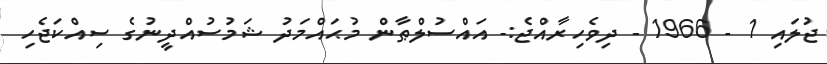
ޖުލައި 1 - 1966 - ދިވެހިރާއްޖެ:- އައްސުލްޠާން މުޙައްމަދު ޝަމުސުއްދީނުގެ ސިއްކަޖެހި